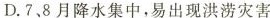
D.7、8月降水集中，易出现洪涝灾害